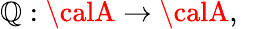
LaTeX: \mathbb{Q}:{\calA}\rightarrow{\calA},\; \; \; \; \;